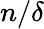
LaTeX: n/\delta